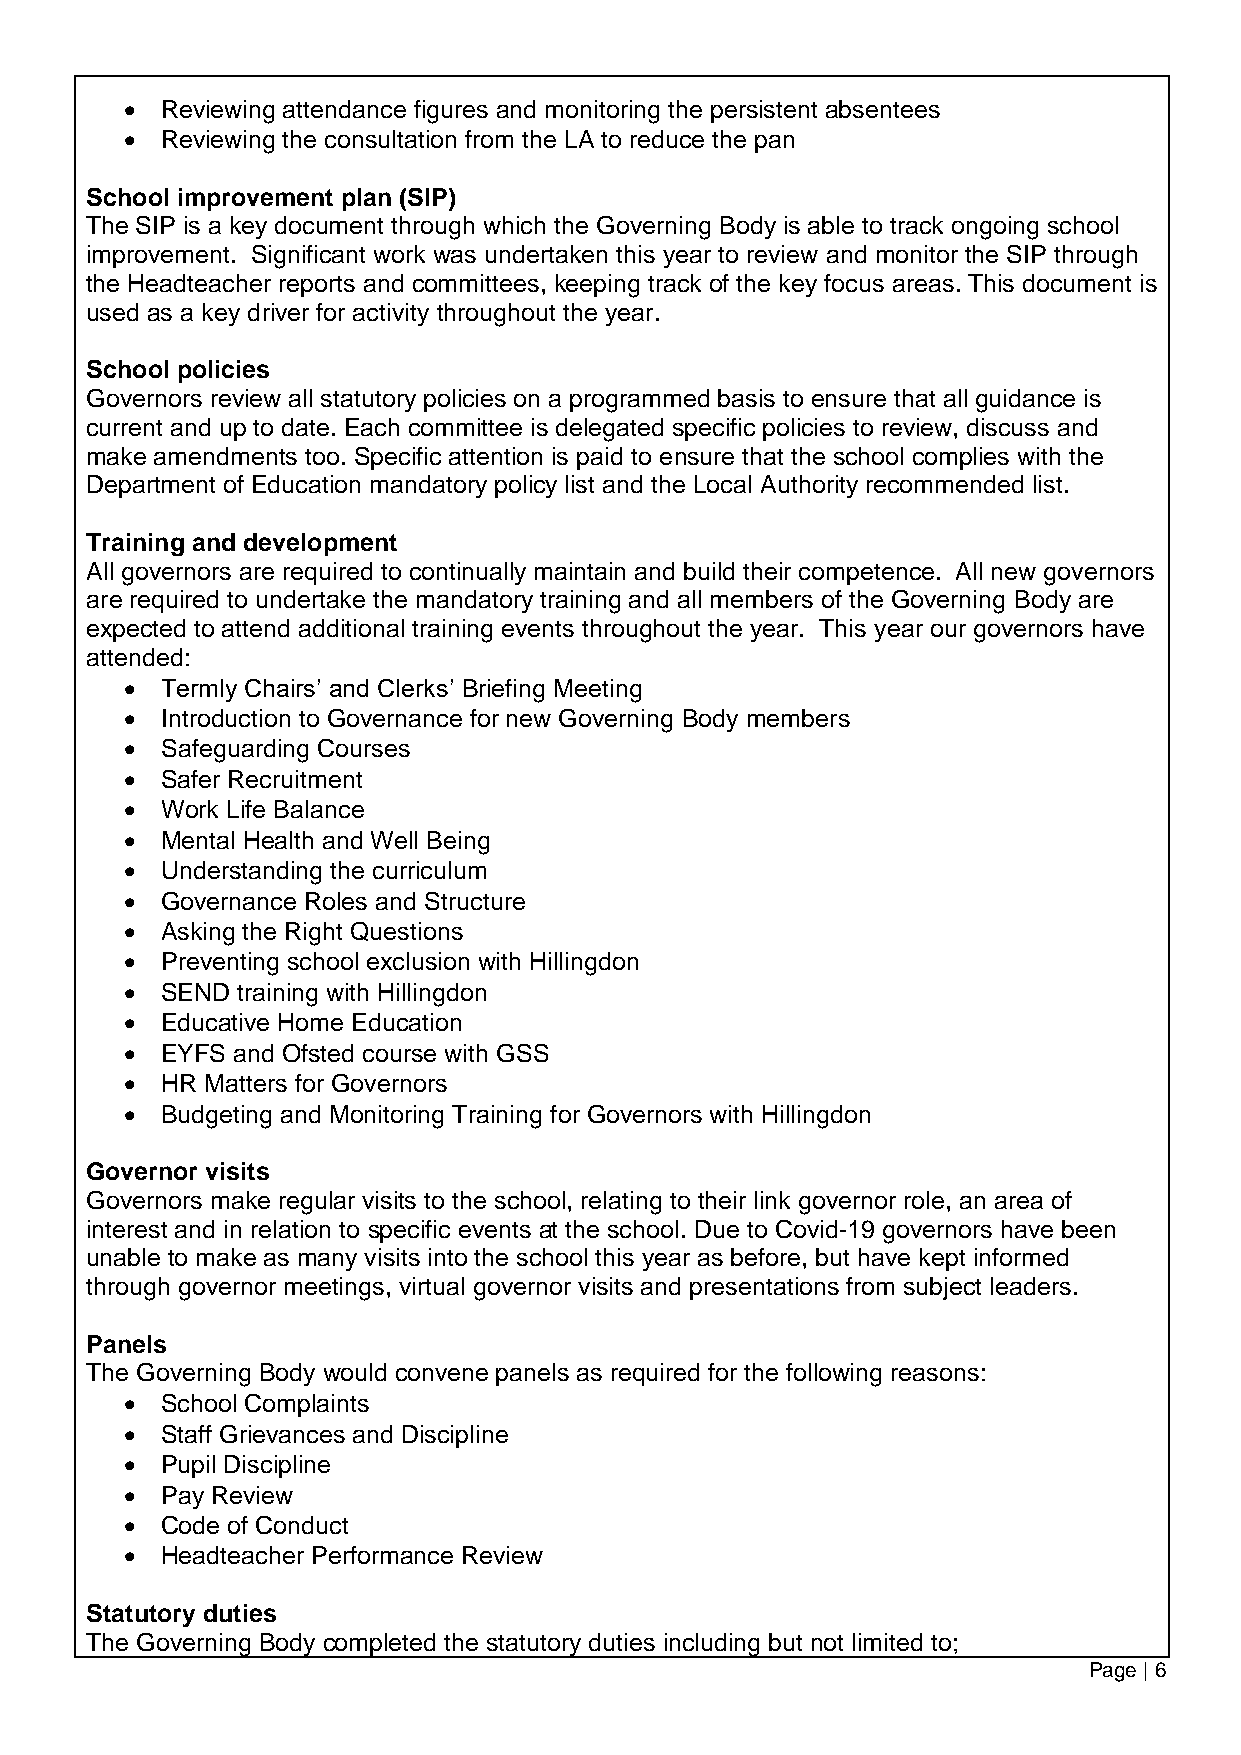
  Reviewing attendance figures and monitoring the persistent absentees
   Reviewing the consultation from the LA to reduce the pan
 School improvement plan (SIP)
 The SIP is a key document through which the Governing Body is able to track ongoing school
 improvement. Significant work was undertaken this year to review and monitor the SIP through
 the Headteacher reports and committees, keeping track of the key focus areas. This document is
 used as a key driver for activity throughout the year.
 School policies
 Governors review all statutory policies on a programmed basis to ensure that all guidance is
 current and up to date. Each committee is delegated specific policies to review, discuss and
 make amendments too. Specific attention is paid to ensure that the school complies with the
 Department of Education mandatory policy list and the Local Authority recommended list.
 Training and development
 All governors are required to continually maintain and build their competence. All new governors
 are required to undertake the mandatory training and all members of the Governing Body are
 expected to attend additional training events throughout the year. This year our governors have
 attended:
   Termly Chairs’ and Clerks’ Briefing Meeting
   Introduction to Governance for new Governing Body members
   Safeguarding Courses
   Safer Recruitment
   Work Life Balance
   Mental Health and Well Being
   Understanding the curriculum
   Governance Roles and Structure
   Asking the Right Questions
   Preventing school exclusion with Hillingdon
   SEND training with Hillingdon
   Educative Home Education
   EYFS and Ofsted course with GSS
   HR Matters for Governors
   Budgeting and Monitoring Training for Governors with Hillingdon
 Governor visits
 Governors make regular visits to the school, relating to their link governor role, an area of
 interest and in relation to specific events at the school. Due to Covid-19 governors have been
 unable to make as many visits into the school this year as before, but have kept informed
 through governor meetings, virtual governor visits and presentations from subject leaders.
 Panels
 The Governing Body would convene panels as required for the following reasons:
   School Complaints
   Staff Grievances and Discipline
   Pupil Discipline
   Pay Review
   Code of Conduct
   Headteacher Performance Review
 Statutory duties
 The Governing Body completed the statutory duties including but not limited to;
 Page | 6